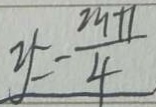
y = - \frac { 2 9 + 1 } { 4 }